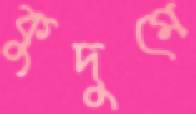
কুদুমে